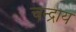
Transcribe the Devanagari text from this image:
चन्द्राय